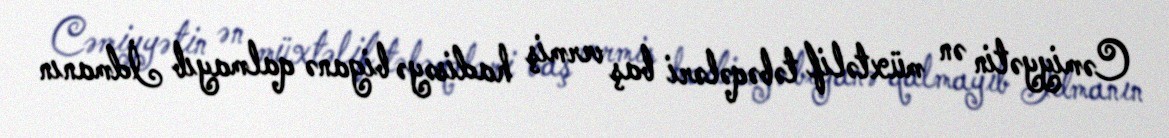
Cəmiyyətin ən müxtəlif təbəqələri baş vermiş hadisəyə biganə qalmayıb İdmanın